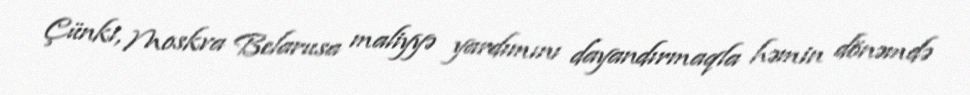
Çünki, Moskva Belarusa maliyyə yardımını dayandırmaqla həmin dönəmdə